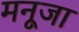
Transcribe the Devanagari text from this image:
मनूजा